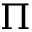
\boldsymbol { \Pi }